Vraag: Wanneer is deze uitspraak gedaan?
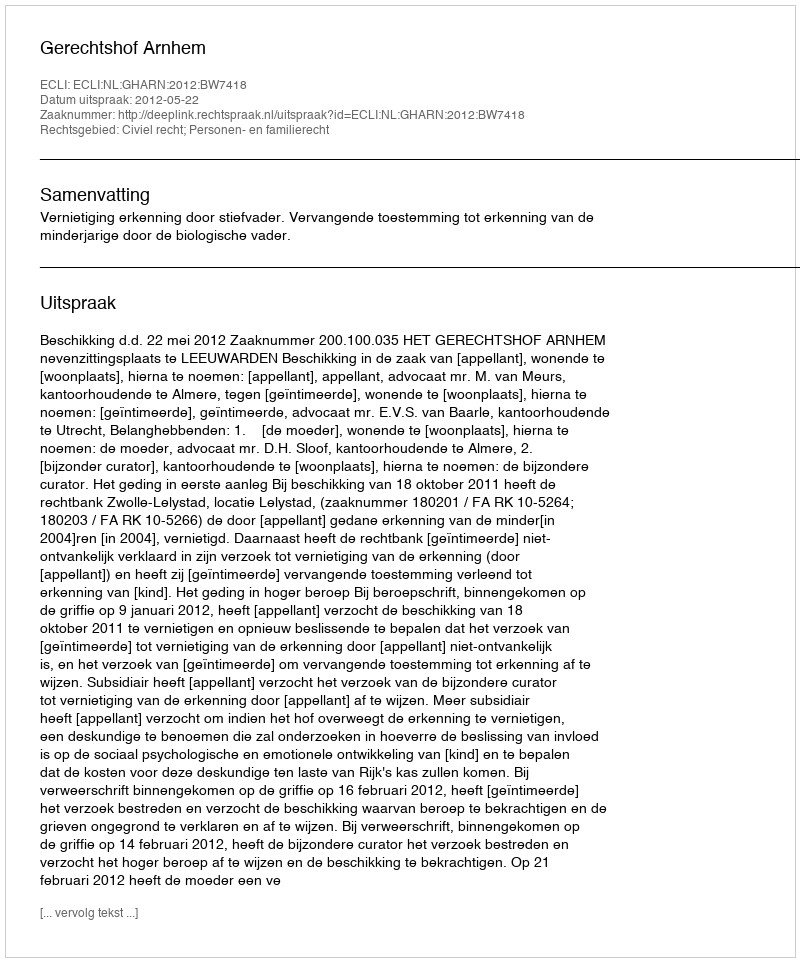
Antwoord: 2012-05-22